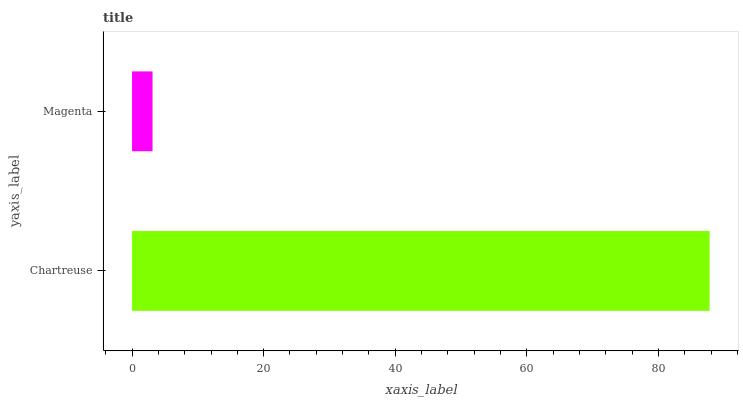
| yaxis_label | bars |
 | --- | --- |
 | Chartreuse | 87.8 |
 | Magenta | 3.12 |